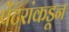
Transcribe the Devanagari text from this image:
पेंटरांकडून